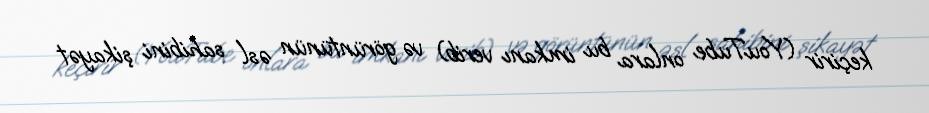
keçirir (YouTube onlara bu imkanı verib) və görüntünün əsl sahibini şikayət